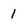
Character: 1